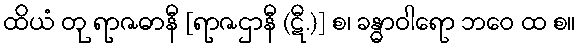
ထိယံ တု ရာဇဓာနီ [ရာဇဌာနီ (ဋီ.)] စ၊ ခန္ဓာဝါရော ဘဝေ ထ စ။